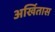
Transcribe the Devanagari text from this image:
अर्खितास